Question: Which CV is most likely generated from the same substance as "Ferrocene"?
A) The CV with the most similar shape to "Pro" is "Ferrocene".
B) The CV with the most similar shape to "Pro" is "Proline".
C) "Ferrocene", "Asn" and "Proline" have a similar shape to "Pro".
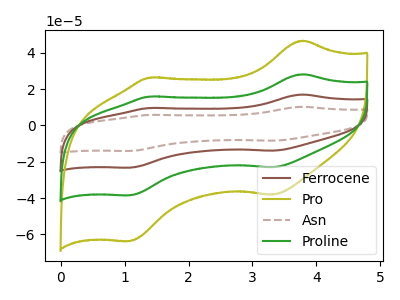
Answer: <think>The brown curve "Ferrocene" has anodic peaks at (3.80V, 56.40uA) (1.40V, 31.90uA) and cathodic peaks at (3.30V, -46.00uA) (1.10V, -76.95uA). The olive curve "Pro" has anodic peaks at (3.80V, 46.70uA) (1.40V, 26.40uA) and cathodic peaks at (3.30V, -38.10uA) (1.10V, -63.70uA). The brown dashed curve "Asn" has anodic peaks at (3.80V, 84.65uA) (1.40V, 47.85uA) and cathodic peaks at (3.30V, -69.05uA) (1.10V, -115.40uA). The green curve "Proline" has anodic peaks at (3.80V, 28.20uA) (1.40V, 15.95uA) and cathodic peaks at (3.30V, -23.00uA) (1.10V, -38.45uA).
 All the peaks in "Ferrocene" have a peak in "Pro" at the same potential. Every peak in "Ferrocene" is higher than every peak in "Pro". All the peaks in "Ferrocene" have a peak in "Asn" at the same potential. Every peak in "Ferrocene" is lower than every peak in "Asn". All the peaks in "Ferrocene" have a peak in "Proline" at the same potential. Every peak in "Ferrocene" is higher than every peak in "Proline". All the peaks in "Pro" have a peak in "Asn" at the same potential. Every peak in "Pro" is lower than every peak in "Asn". All the peaks in "Pro" have a peak in "Proline" at the same potential. Every peak in "Pro" is higher than every peak in "Proline". All the peaks in "Asn" have a peak in "Proline" at the same potential. Every peak in "Asn" is higher than every peak in "Proline".</think>
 <answer>C) "Ferrocene", "Asn" and "Proline" have a similar shape to "Pro".</answer>
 <eval>C</eval>